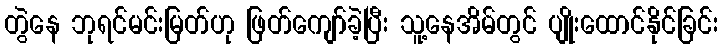
တွဲနေ ဘုရင်မင်းမြတ်ဟု ဖြတ်ကျော်ခဲ့ပြီး သူ့နေအိမ်တွင် ပျိုးထောင်နိုင်ခြင်း